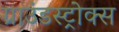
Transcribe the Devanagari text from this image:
ग्राउंडस्ट्रोक्स